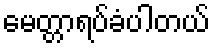
မေတ္တာရပ်ခံပါတယ်